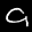
Label: 9